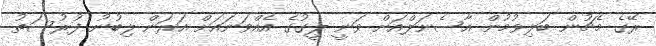
ރޭގެ މެޗުން ބަލިވުމުން އާސެނަލްއަށް ވަނީ ލީގުގެ އެއްވަނައަށް އަރަން ލިބުނު ފުރުސަތު